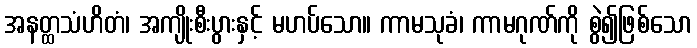
အနတ္ထသံဟိတံ၊ အကျိုးစီးပွားနှင့် မဟပ်သော။ ကာမသုခံ၊ ကာမဂုဏ်ကို စွဲ၍ဖြစ်သော